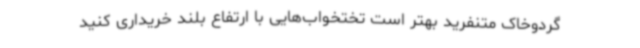
گردوخاک متنفرید بهتر است تختخواب‌هایی با ارتفاع بلند خریداری کنید